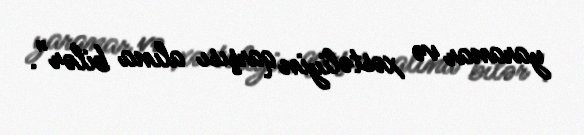
yaranar və xəstəliyin qarşısı alına bilər”.